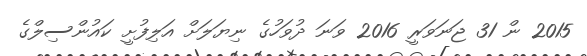
2015 ން 31 ޖަނަވަރީ 2016 ވަނަ ދުވަހުގެ ނިޔަލަށް އަލިފުށީ ކައުންސިލްގެ